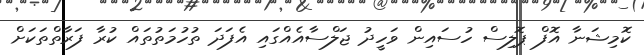
ކޮމިޝަނާ އޮފް ޕޮލިސް ހުސައިން ވަހީދު ޖަލްސާއެއްގައި އެފަދަ ތުހުމަތުތައް ކުރާ ފަރާތްތަކަށް